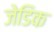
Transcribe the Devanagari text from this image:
जेडिक